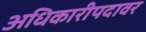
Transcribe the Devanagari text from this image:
अधिकारीपदावर